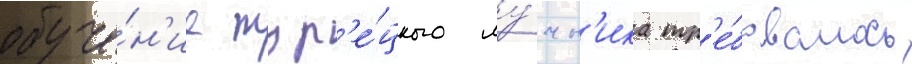
обуче́н'ие тур'е́цкого лу́чн'ика тр'е́бовалось